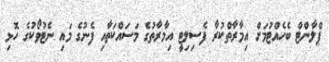
ޕްލާންޓް ބެހެއްޓުމަށް އިމާރާތްކުރާ ފެސިލިޓީ އިމާރާތުގެ މަސައްކަތާއި ފެނުގެ މައި ނެޓުވޯކުގެ ހޮޅި